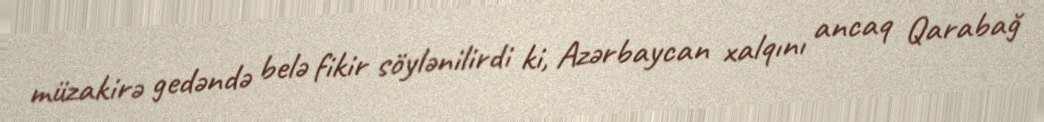
müzakirə gedəndə belə fikir söylənilirdi ki, Azərbaycan xalqını ancaq Qarabağ